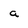
Character: a